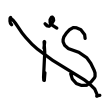
Text: is
Cross-out: diagonal
Writing tool: digital_black